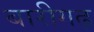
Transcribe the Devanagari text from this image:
बारीगढ़